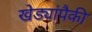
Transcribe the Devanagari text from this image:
खेड्यांपैकी